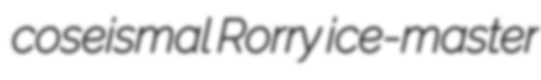
coseismal Rorry ice-master